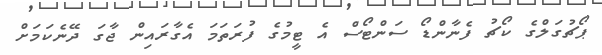
ޕޯޗުގަލްގެ ކޯޗު ފެނާންޑޯ ސަންޓޯސް އެ ޓީމުގެ ފުރަތަމަ އެގާރައިން ޖާގަ ދޭނެކަމަށް